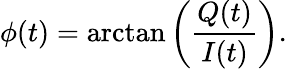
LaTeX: \phi(t)=\arctan\left(\frac{Q(t)}{I(t)}\right).